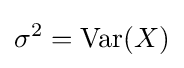
\sigma ^{2}=\mathrm {Var} (X)